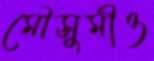
মৌসুমীও